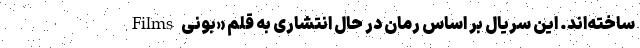
Films ساخته‌اند. این سریال بر اساس رمان در حال انتشاری به قلم «بونی